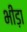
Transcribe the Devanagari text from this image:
भीड़ा